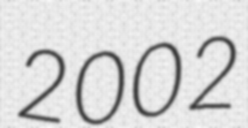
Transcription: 2002